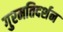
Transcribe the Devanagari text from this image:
गुरमतिदर्शन